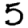
Digit: 5